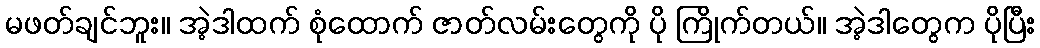
မဖတ်ချင်ဘူး။ အဲ့ဒါထက် စုံထောက် ဇာတ်လမ်းတွေကို ပို ကြိုက်တယ်။ အဲ့ဒါတွေက ပိုပြီး